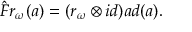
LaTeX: \hat { F } r _ { \omega } ( a ) = ( r _ { \omega } \otimes i d ) a d ( a ) .